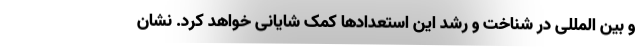
و بین المللی در شناخت و رشد این استعدادها کمک شایانی خواهد کرد. نشان